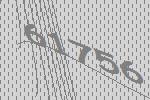
61756